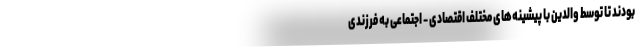
بودند تا توسط والدین با پیشینه‌های مختلف اقتصادی - اجتماعی به فرزندی